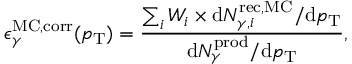
\epsilon _ { \gamma } ^ { \mathrm { M C , c o r r } } ( p _ { \mathrm { T } } ) = \frac { \sum _ { i } W _ { i } \times \mathrm { d } N _ { \gamma , i } ^ { \mathrm { r e c , M C } } / \mathrm { d } p _ { \mathrm { T } } } { \mathrm { d } N _ { \gamma } ^ { \mathrm { p r o d } } / \mathrm { d } p _ { \mathrm { T } } } ,